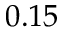
0 . 1 5